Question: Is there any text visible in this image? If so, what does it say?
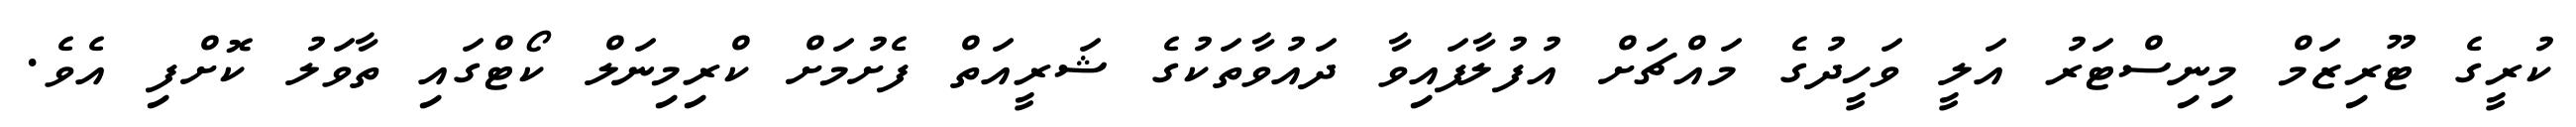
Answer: ކުރީގެ ޓޫރިޒަމް މިނިސްޓަރު އަލީ ވަހީދުގެ މައްޗަށް އުފުލާފައިވާ ދައުވާތަކުގެ ޝަރީއަތް ފެށުމަށް ކްރިމިނަލް ކޯޓްގައި ތާވަލު ކޮށްފި އެވެ.